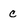
Character: c